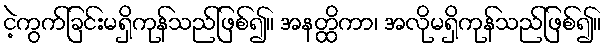
ငဲ့ကွက်ခြင်းမရှိကုန်သည်ဖြစ်၍။ အနတ္ထိကာ၊ အလိုမရှိကုန်သည်ဖြစ်၍။